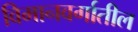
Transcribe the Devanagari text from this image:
विमानवर्गातील